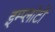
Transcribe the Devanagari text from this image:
इम्प्लांटों